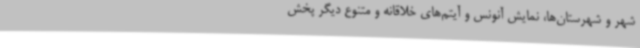
شهر و شهرستان‌ها، نمایش آنونس و آیتم‌های خلاقانه و متنوع دیگر پخش